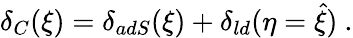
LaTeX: \delta_{C}(\xi)=\delta_{adS}(\xi)+\delta_{ld}(\eta=\hat{\xi})\ .